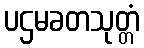
ပဌမခတသုတ္တံ